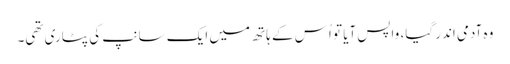
وہ آدمی اندر گیا، واپس آیا تو اُس کے ہاتھ میں ایک سانپ کی پٹاری تھی۔